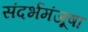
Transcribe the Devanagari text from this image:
संदर्भमंजूषा